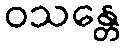
ဝသန္တေ